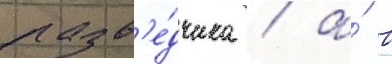
разв'е́дчика / а́ в